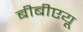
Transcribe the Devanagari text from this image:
बीबीएयू